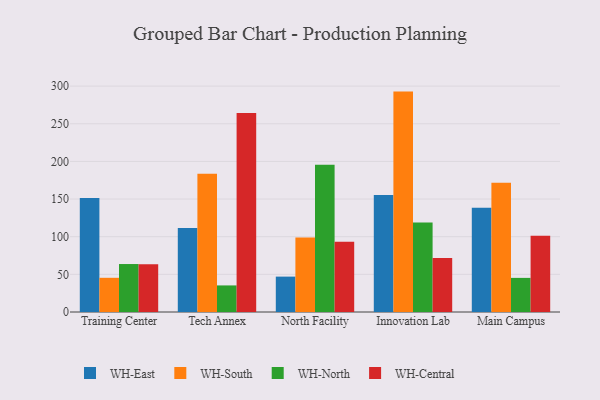
{"axis": {"x": "Campus", "y": "Energy Usage (MWh)"}, "legend": ["WH-Central", "WH-East", "WH-North", "WH-South"], "data": [{"x": "Training Center", "y": 151.5, "type": "WH-East"}, {"x": "Training Center", "y": 45.4, "type": "WH-South"}, {"x": "Training Center", "y": 63.7, "type": "WH-North"}, {"x": "Training Center", "y": 63.5, "type": "WH-Central"}, {"x": "Tech Annex", "y": 111.7, "type": "WH-East"}, {"x": "Tech Annex", "y": 183.7, "type": "WH-South"}, {"x": "Tech Annex", "y": 35.3, "type": "WH-North"}, {"x": "Tech Annex", "y": 264.4, "type": "WH-Central"}, {"x": "North Facility", "y": 47.0, "type": "WH-East"}, {"x": "North Facility", "y": 98.9, "type": "WH-South"}, {"x": "North Facility", "y": 195.5, "type": "WH-North"}, {"x": "North Facility", "y": 93.4, "type": "WH-Central"}, {"x": "Innovation Lab", "y": 155.5, "type": "WH-East"}, {"x": "Innovation Lab", "y": 292.7, "type": "WH-South"}, {"x": "Innovation Lab", "y": 118.8, "type": "WH-North"}, {"x": "Innovation Lab", "y": 71.7, "type": "WH-Central"}, {"x": "Main Campus", "y": 138.6, "type": "WH-East"}, {"x": "Main Campus", "y": 171.6, "type": "WH-South"}, {"x": "Main Campus", "y": 45.3, "type": "WH-North"}, {"x": "Main Campus", "y": 101.2, "type": "WH-Central"}]}